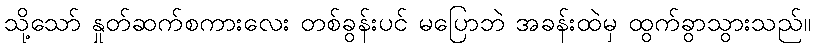
သို့သော် နှုတ်ဆက်စကားလေး တစ်ခွန်းပင် မပြောဘဲ အခန်းထဲမှ ထွက်ခွာသွားသည်။